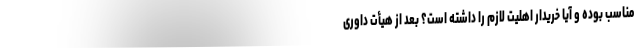
مناسب بوده و آیا خریدار اهلیت لازم را داشته است؟ بعد از هیأت داوری